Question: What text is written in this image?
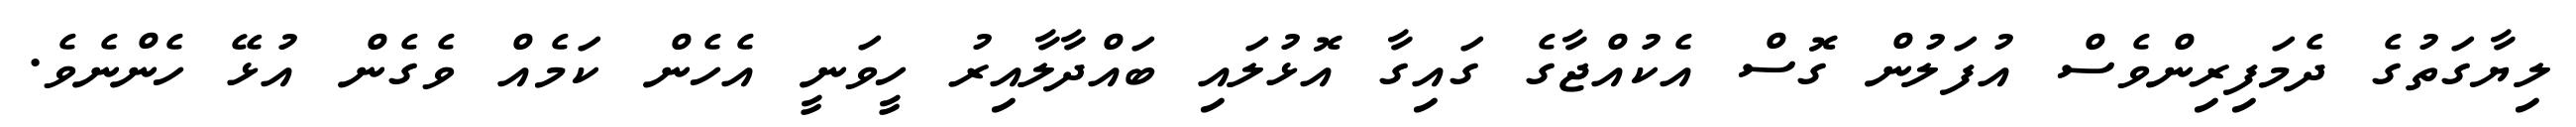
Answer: ލިޔާގަތުގެ ދެމަފިރިންވެސް އުފަލުން ގޮސް އެކުއްޖާގެ ގައިގާ އޮޅުލައި ބައްދާލާއިރު ހީވަނީ އެހެން ކަމެއް ވެގެން އުޅޭ ހެންނެވެ.